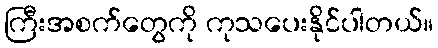
ကြီးအစက်တွေကို ကုသပေးနိုင်ပါတယ်။